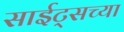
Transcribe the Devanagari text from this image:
साईट्सच्या